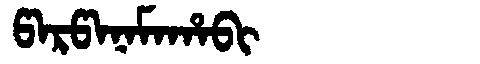
Manchu: ᡦᠠᡵᡦᠠᠨᠠᠮᠠᡥᠠᠪᡳ
Romanization: PARPANAMAHABI